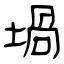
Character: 堝